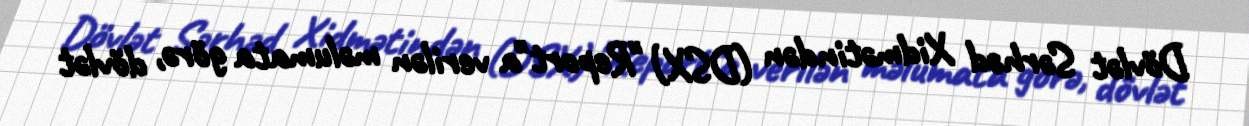
Dövlət Sərhəd Xidmətindən (DSX) "Report"a verilən məlumata görə, dövlət